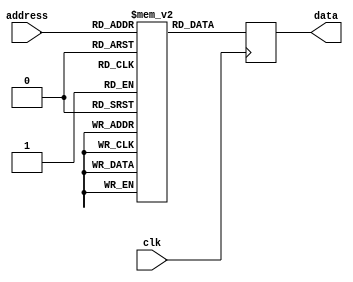
module Ram (
// Inputs and output ports
  input wire [4:0] address,
  input clk,
  output reg [4:0] data
);

// Declaracin de seales [reg, wire]
reg [4:0] MEM [0:20];

initial begin
  MEM[0]  = 5'b00000;
  MEM[1]  = 5'b00001;
  MEM[2]  = 5'b00010;
  MEM[3]  = 5'b00100;
  MEM[4]  = 5'b01000;
  MEM[5]  = 5'b10000;
  MEM[6]  = 5'b10001;
  MEM[7]  = 5'b10010;
  MEM[8]  = 5'b10100;
  MEM[9]  = 5'b11000;
  MEM[10] = 5'b11001;
  MEM[11] = 5'b11010;
  MEM[12] = 5'b11100;
  MEM[13] = 5'b11101;
  MEM[14] = 5'b11110;
  MEM[15] = 5'b11111;
  MEM[16] = 5'b11110;
  MEM[17] = 5'b11100;
  MEM[18] = 5'b11000;
  MEM[19] = 5'b10000;
  MEM[20] = 5'b00000;       
end
// Descripcin del comportamiento
always @(posedge clk) begin
  data <= MEM[address];
end

endmodule